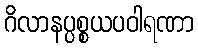
ဂိလာနပ္ပစ္စယပဝါရဏာ